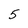
Character: 5